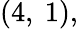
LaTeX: (4,\ 1),